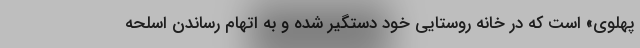
پهلوی» است که در خانه روستایی خود دستگیر شده و به اتهام رساندن اسلحه